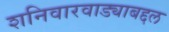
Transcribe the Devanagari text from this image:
शनिवारवाड्याबद्दल